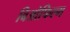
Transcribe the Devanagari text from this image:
बिओफिल्म